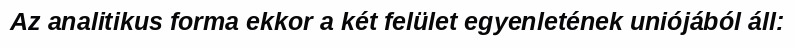
Az analitikus forma ekkor a két felület egyenletének uniójából áll: